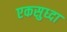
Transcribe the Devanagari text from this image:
एकसुध्दा